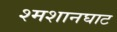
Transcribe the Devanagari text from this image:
श्मशानघाट